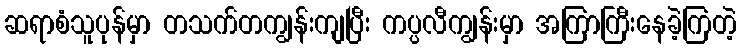
ဆရာစံသူပုန်မှာ တသက်တကျွန်းကျပြီး ကပ္ပလီကျွန်းမှာ အကြာကြီးနေခဲ့ကြတဲ့